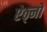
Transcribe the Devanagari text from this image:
ऐठ्नों